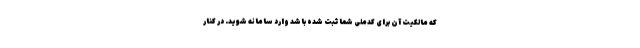
که مالکیت آن برای کدملی شما ثبت شده باشد وارد سامانه شوید. در کنار